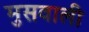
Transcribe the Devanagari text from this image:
मुसवाली